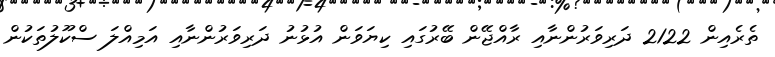
ތެރެއިން 2122 ދަރިވަރުންނާއި ރާއްޖޭން ބޭރުގައި ކިޔަވަން އުޅުނު ދަރިވަރުންނާއި އަމިއްލަ ސްކޫލުތަކުން